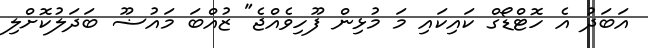
އަބަދު އެ ހޮޓްޑޯގް ކައިކައި މަ މުޅިން ފޫހިވެއްޖެ" ޒުއްބަ މައުޟޫ ބަދަލުކޮށްލި